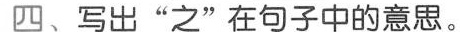
四、写出”之”在句子中的意思。